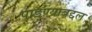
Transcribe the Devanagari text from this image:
पाडण्याबद्दल